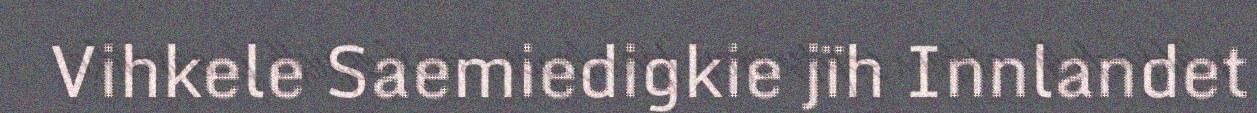
Vihkele Saemiedigkie jïh Innlandet